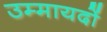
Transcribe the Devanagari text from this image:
उम्मायदों